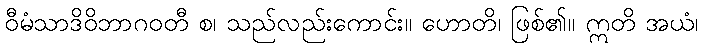
ဝီမံသာဒိဝိဘာဂဝတီ စ၊ သည်လည်းကောင်း။ ဟောတိ၊ ဖြစ်၏။ ဣတိ အယံ၊